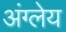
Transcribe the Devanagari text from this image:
अंग्लेय